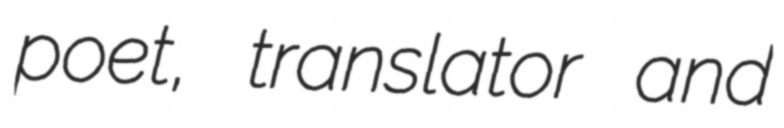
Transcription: poet, translator and